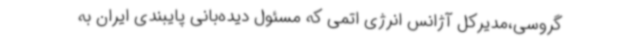
گروسی،مدیرکل آژانس انرژی اتمی که مسئول دیده‌بانی پایبندی ایران به